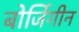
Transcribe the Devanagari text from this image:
बोर्जिगीन